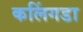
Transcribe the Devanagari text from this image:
कलिंगडा